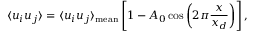
\langle u _ { i } u _ { j } \rangle = \langle u _ { i } u _ { j } \rangle _ { \mathrm { m e a n } } \left[ 1 - A _ { 0 } \cos \left( 2 \pi \frac { x } { x _ { d } } \right) \right] ,